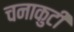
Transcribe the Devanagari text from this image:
चनाकुटी